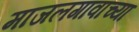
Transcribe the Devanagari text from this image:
माजलगावाच्या